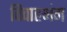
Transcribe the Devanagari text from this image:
विवाहभंग